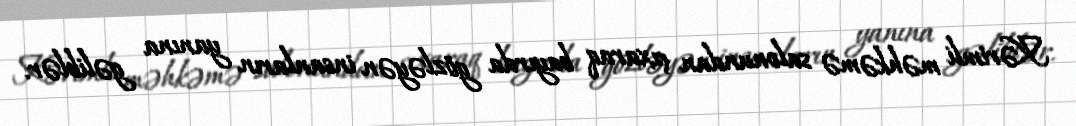
Kərimli məhkəmə salonundan çıxaraq bayırda gözləyən insanların yanına gəliblər.